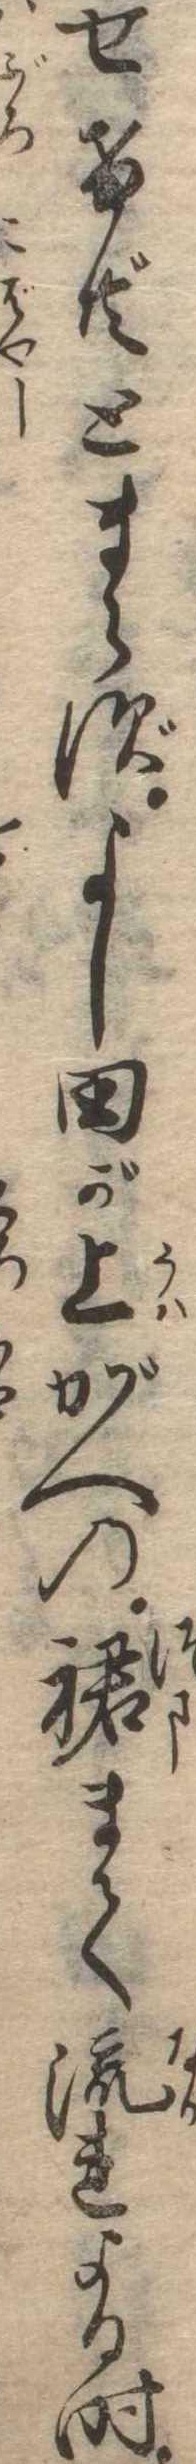
せけ共とまらずよし田が上がへの裙まて流れよる時